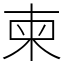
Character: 柬